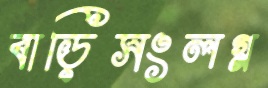
বাড়িসংলগ্ন